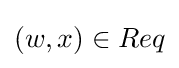
(w,x)\in Req